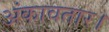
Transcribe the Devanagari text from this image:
अंकावतार।